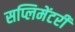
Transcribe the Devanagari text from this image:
सप्लिमेंटरी